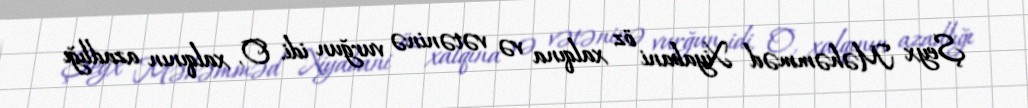
Şeyx Məhəmməd Xiyabani öz xalqına və vətəninə vurğun idi. O, xalqının azadlığı